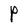
Character: P